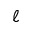
\ell